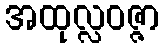
အထုလ္လဝဇ္ဇာ